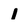
Character: 1